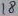
Text: 18